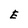
Character: E